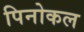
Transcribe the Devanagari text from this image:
पिनोकल